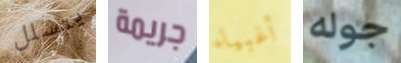
يتسلل جريمة أغبياء جوله